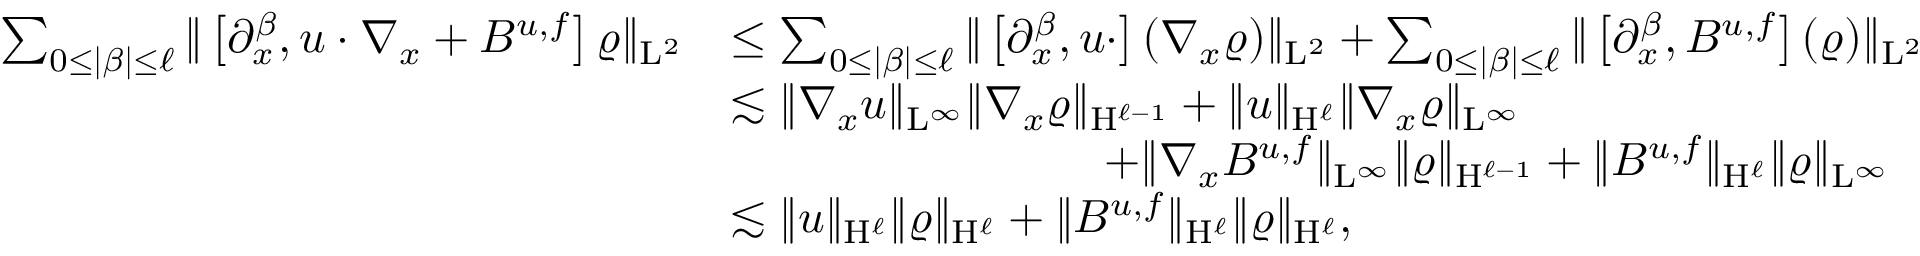
\begin{array} { r l } { \sum _ { 0 \leq \vert \beta \vert \leq \ell } \Vert \left[ \partial _ { x } ^ { \beta } , u \cdot \nabla _ { x } + B ^ { u , f } \right] \varrho \Vert _ { \mathrm { L } ^ { 2 } } } & { \leq \sum _ { 0 \leq \vert \beta \vert \leq \ell } \Vert \left[ \partial _ { x } ^ { \beta } , u \cdot \right] ( \nabla _ { x } \varrho ) \Vert _ { \mathrm { L } ^ { 2 } } + \sum _ { 0 \leq \vert \beta \vert \leq \ell } \Vert \left[ \partial _ { x } ^ { \beta } , B ^ { u , f } \right] ( \varrho ) \Vert _ { \mathrm { L } ^ { 2 } } } \\ & { \lesssim \Vert \nabla _ { x } u \Vert _ { \mathrm { L } ^ { \infty } } \Vert \nabla _ { x } \varrho \Vert _ { \mathrm { H } ^ { \ell - 1 } } + \Vert u \Vert _ { \mathrm { H } ^ { \ell } } \Vert \nabla _ { x } \varrho \Vert _ { \mathrm { L } ^ { \infty } } } \\ & { \qquad \qquad \qquad \qquad + \Vert \nabla _ { x } B ^ { u , f } \Vert _ { \mathrm { L } ^ { \infty } } \Vert \varrho \Vert _ { \mathrm { H } ^ { \ell - 1 } } + \Vert B ^ { u , f } \Vert _ { \mathrm { H } ^ { \ell } } \Vert \varrho \Vert _ { \mathrm { L } ^ { \infty } } } \\ & { \lesssim \Vert u \Vert _ { \mathrm { H } ^ { \ell } } \Vert \varrho \Vert _ { \mathrm { H } ^ { \ell } } + \Vert B ^ { u , f } \Vert _ { \mathrm { H } ^ { \ell } } \Vert \varrho \Vert _ { \mathrm { H } ^ { \ell } } , } \end{array}